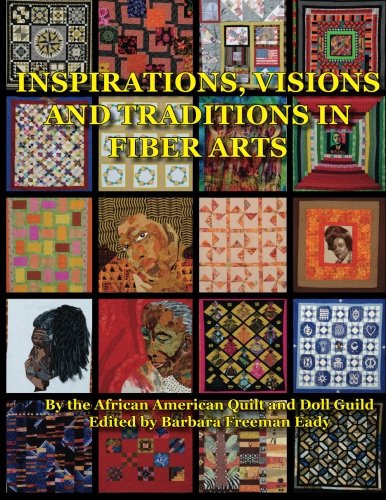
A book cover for Inspirations, Visions and Traditions in Fiber Arts; African American Quilt and Doll Guild; Crafts, Hobbies & Home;